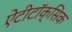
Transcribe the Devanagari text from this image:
ऐंटीटॉक्सिक